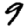
Digit: 9